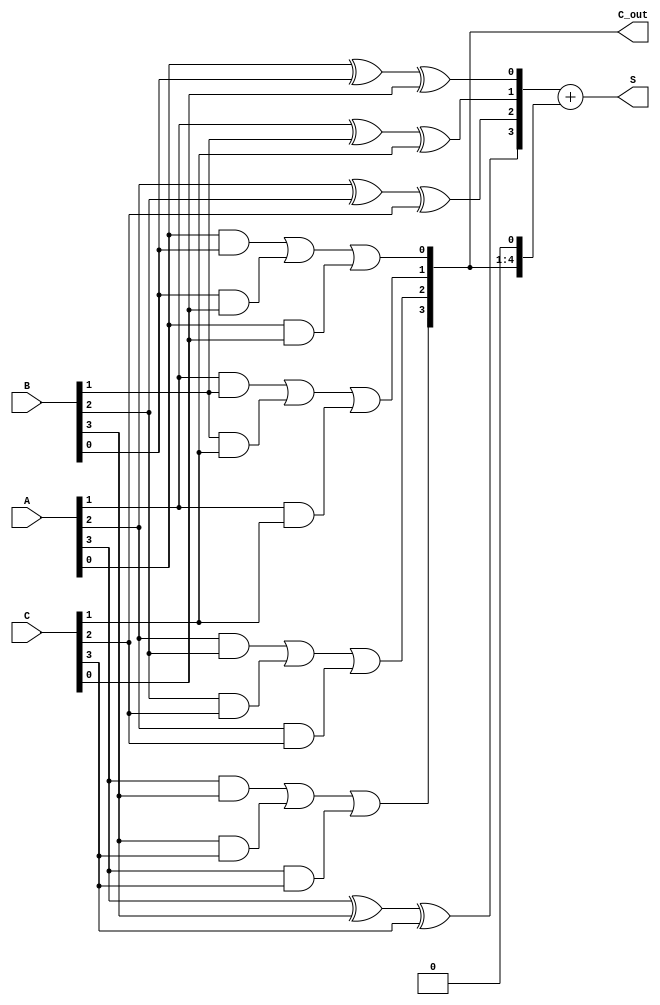
module carry_save_adder #(parameter N = 4) (
    input  [N-1:0] A,  // First operand
    input  [N-1:0] B,  // Second operand
    input  [N-1:0] C,  // Third operand
    output [N:0] S,     // Partial sum output (n+1 bits to accommodate carry)
    output [N-1:0] C_out // Carry output
);

    wire [N-1:0] sum;      // Intermediate sums
    wire [N-1:0] carry;    // Intermediate carries

    // Generate partial sums and carries for each bit
    genvar i;
    generate
        for (i = 0; i < N; i = i + 1) begin : CSA_bit
            // Full adder logic for three inputs
            assign sum[i] = A[i] ^ B[i] ^ C[i]; // Sum = A XOR B XOR C
            assign carry[i] = (A[i] & B[i]) | (B[i] & C[i]) | (A[i] & C[i]); // Carry = (A AND B) OR (B AND C) OR (A AND C)
        end
    endgenerate

    // Final carry out
    assign C_out = carry;

    // Final sum output, including the carry from the most significant bit
    assign S = {1'b0, sum} + {C_out, 1'b0}; // Adding the carry to the sum

endmodule